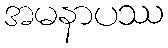
အမနာပဿ